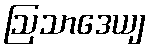
ဩသာဒေယျ